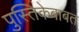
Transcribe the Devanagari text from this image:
पुस्तिकेबाबत